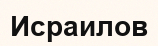
Исраилов